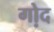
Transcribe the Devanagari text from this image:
गो़द